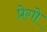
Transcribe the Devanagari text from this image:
प्रेगो